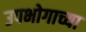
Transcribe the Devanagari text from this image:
उपभोगाच्या